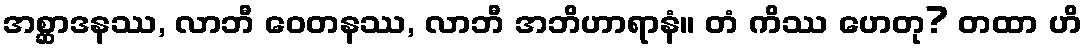
အစ္ဆာဒနဿ, လာဘီ ဝေတနဿ, လာဘီ အဘိဟာရာနံ။ တံ ကိဿ ဟေတု? တထာ ဟိ